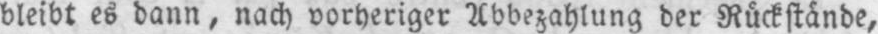
bleibt es dann, nach vorheriger Abbezahlung der Rückstände,